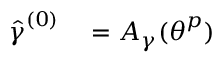
\begin{array} { r l } { \hat { \boldsymbol { \gamma } } ^ { ( 0 ) } } & { { } = A _ { \gamma } ( \boldsymbol { \theta } ^ { p } ) } \end{array}